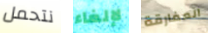
نتحمل لإلغاء المفارقة